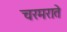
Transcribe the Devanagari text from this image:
चरमराते